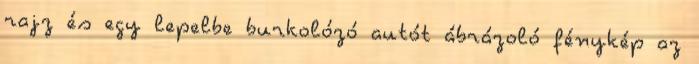
rajz és egy lepelbe burkolózó autót ábrázoló fénykép az